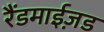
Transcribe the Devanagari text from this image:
रैंडमाईज़ड